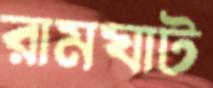
রামঘাট